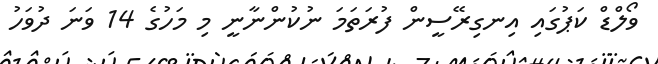
ވޯލްޑް ކަޕުގައި އިނގިރޭސީން ފުރަތަމަ ނުކުންނާނީ މި މަހުގެ 14 ވަނަ ދުވަހު